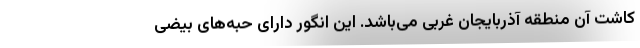
کاشت آن منطقه آذربایجان غربی می‌باشد. این انگور دارای حبه‌های بیضی